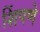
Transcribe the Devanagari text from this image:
शिंपणे